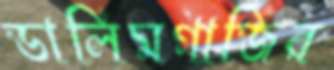
ডালিমগাজির